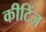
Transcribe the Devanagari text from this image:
कीटिंज